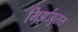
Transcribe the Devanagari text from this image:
मिर्झापुरास